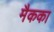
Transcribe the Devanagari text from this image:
मैकका